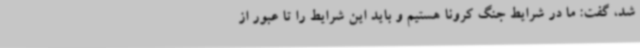
شد، گفت: ما در شرایط جنگ کرونا هستیم و باید این شرایط را تا عبور از